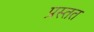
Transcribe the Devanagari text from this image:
प्रस्तत